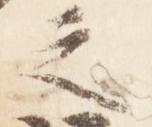
之